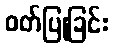
ဝတ်ပြုခြင်း